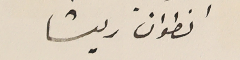
انطوان ريشا